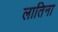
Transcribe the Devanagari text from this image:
लातिना